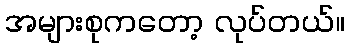
အများစုကတော့ လုပ်တယ်။